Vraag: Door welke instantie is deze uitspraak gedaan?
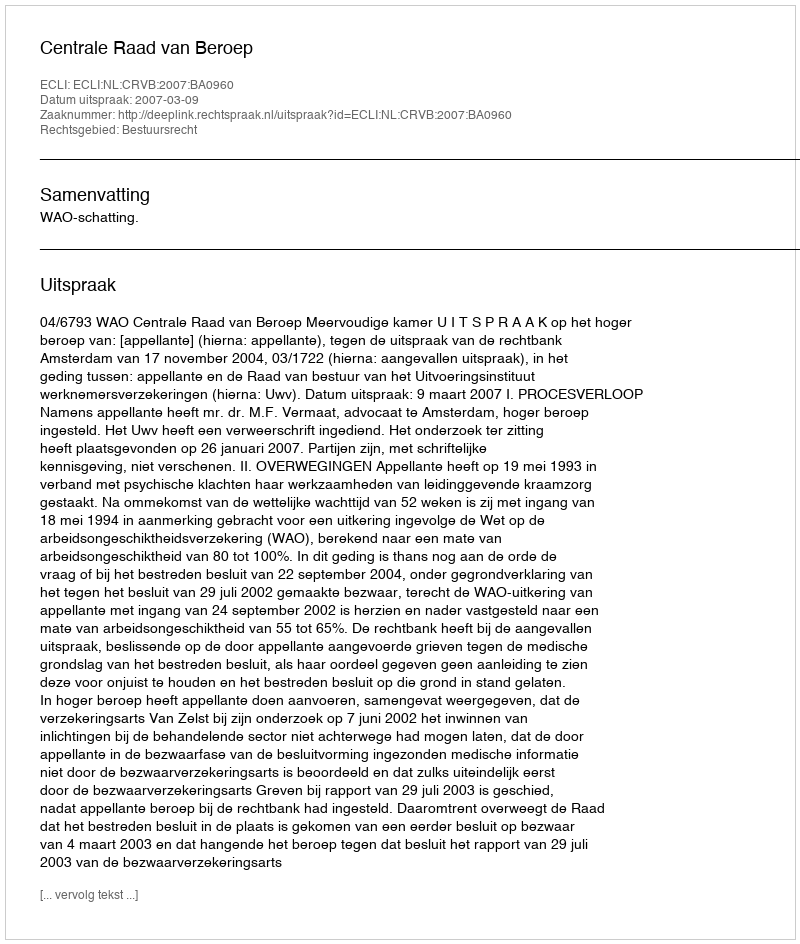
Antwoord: Centrale Raad van Beroep